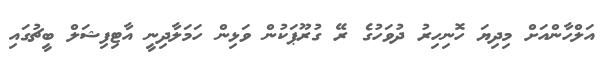
އަލްހާންއަށް މިދިޔަ ހޮނިހިރު ދުވަހުގެ ރޭ ގުރޫޕަކުން ވަޅިން ހަމަލާދިނީ އާޓިފިޝަލް ބީޗުގައި